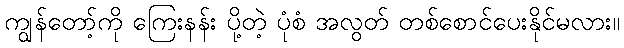
ကျွန်တော့်ကို ကြေးနန်း ပို့တဲ့ ပုံစံ အလွတ် တစ်စောင်ပေးနိုင်မလား။